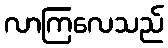
လာကြလေသည်